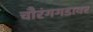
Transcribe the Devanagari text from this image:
चौरंगगडावर